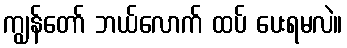
ကျွန်တော် ဘယ်လောက် ထပ် ပေးရမလဲ။